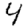
Digit: 4